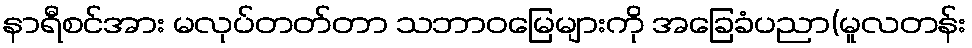
နာရီစင်အား မလုပ်တတ်တာ သဘာဝမြေများကို အခြေခံပညာ(မူလတန်း